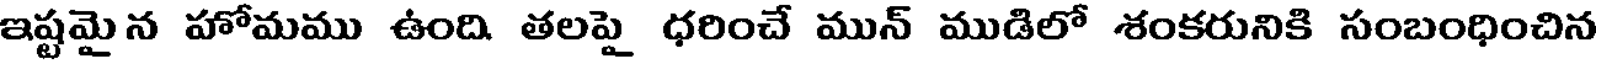
ఇష్టమైన హోమము ఉంది. తలపై ధరించే మున్ ముడిలో శంకరునికి సంబంధించిన